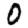
Digit: 0